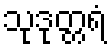
သုဒုတ္တရံ